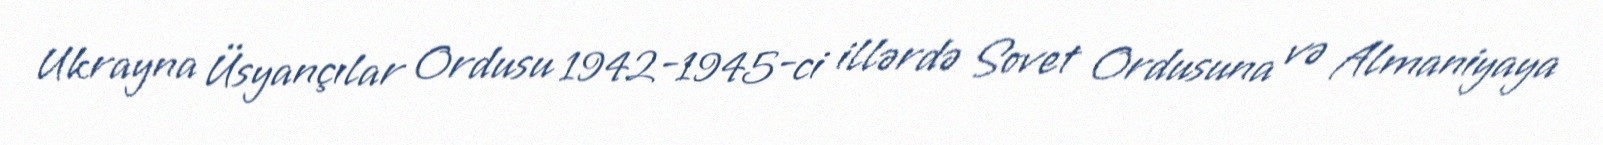
Ukrayna Üsyançılar Ordusu 1942-1945-ci illərdə Sovet Ordusuna və Almaniyaya